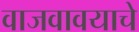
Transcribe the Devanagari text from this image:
वाजवावयाचे